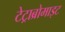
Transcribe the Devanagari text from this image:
टेट्राब्रोमाइट